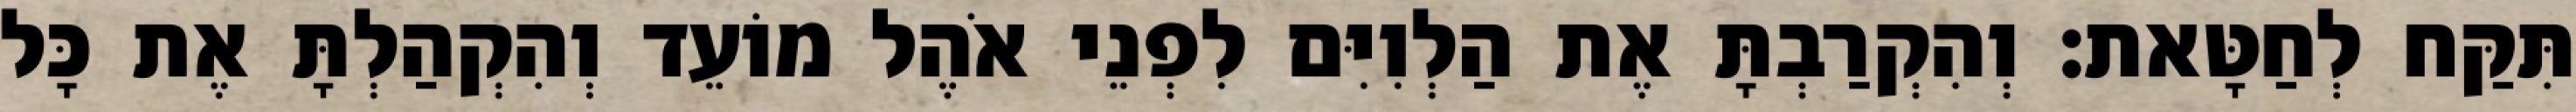
תִּקַּח לְחַטָּאת׃ וְהִקְרַבְתָּ אֶת הַלְוִיִּם לִפְנֵי אֹהֶל מוֹעֵד וְהִקְהַלְתָּ אֶת כָּל